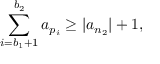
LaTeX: \sum _ { i = b _ { 1 } + 1 } ^ { b _ { 2 } } a _ { p _ { i } } \geq | a _ { n _ { 2 } } | + 1 ,